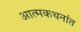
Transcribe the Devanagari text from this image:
आत्मकथनांत